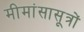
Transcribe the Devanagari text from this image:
मीमांसासूत्रों